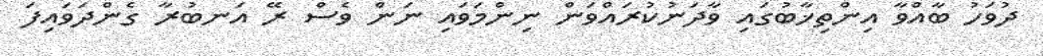
ދުވަހު ބާއްވާ އިންތިޚާބުގައި ވާދަނުކުރައްވަން ނިންމަވައި ނަން ވެސް ރޭ އަނބުރާ ގެންދަވައިފަ